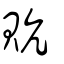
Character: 貥